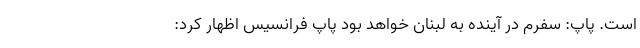
است. پاپ: سفرم در آینده به لبنان خواهد بود پاپ فرانسیس اظهار کرد: